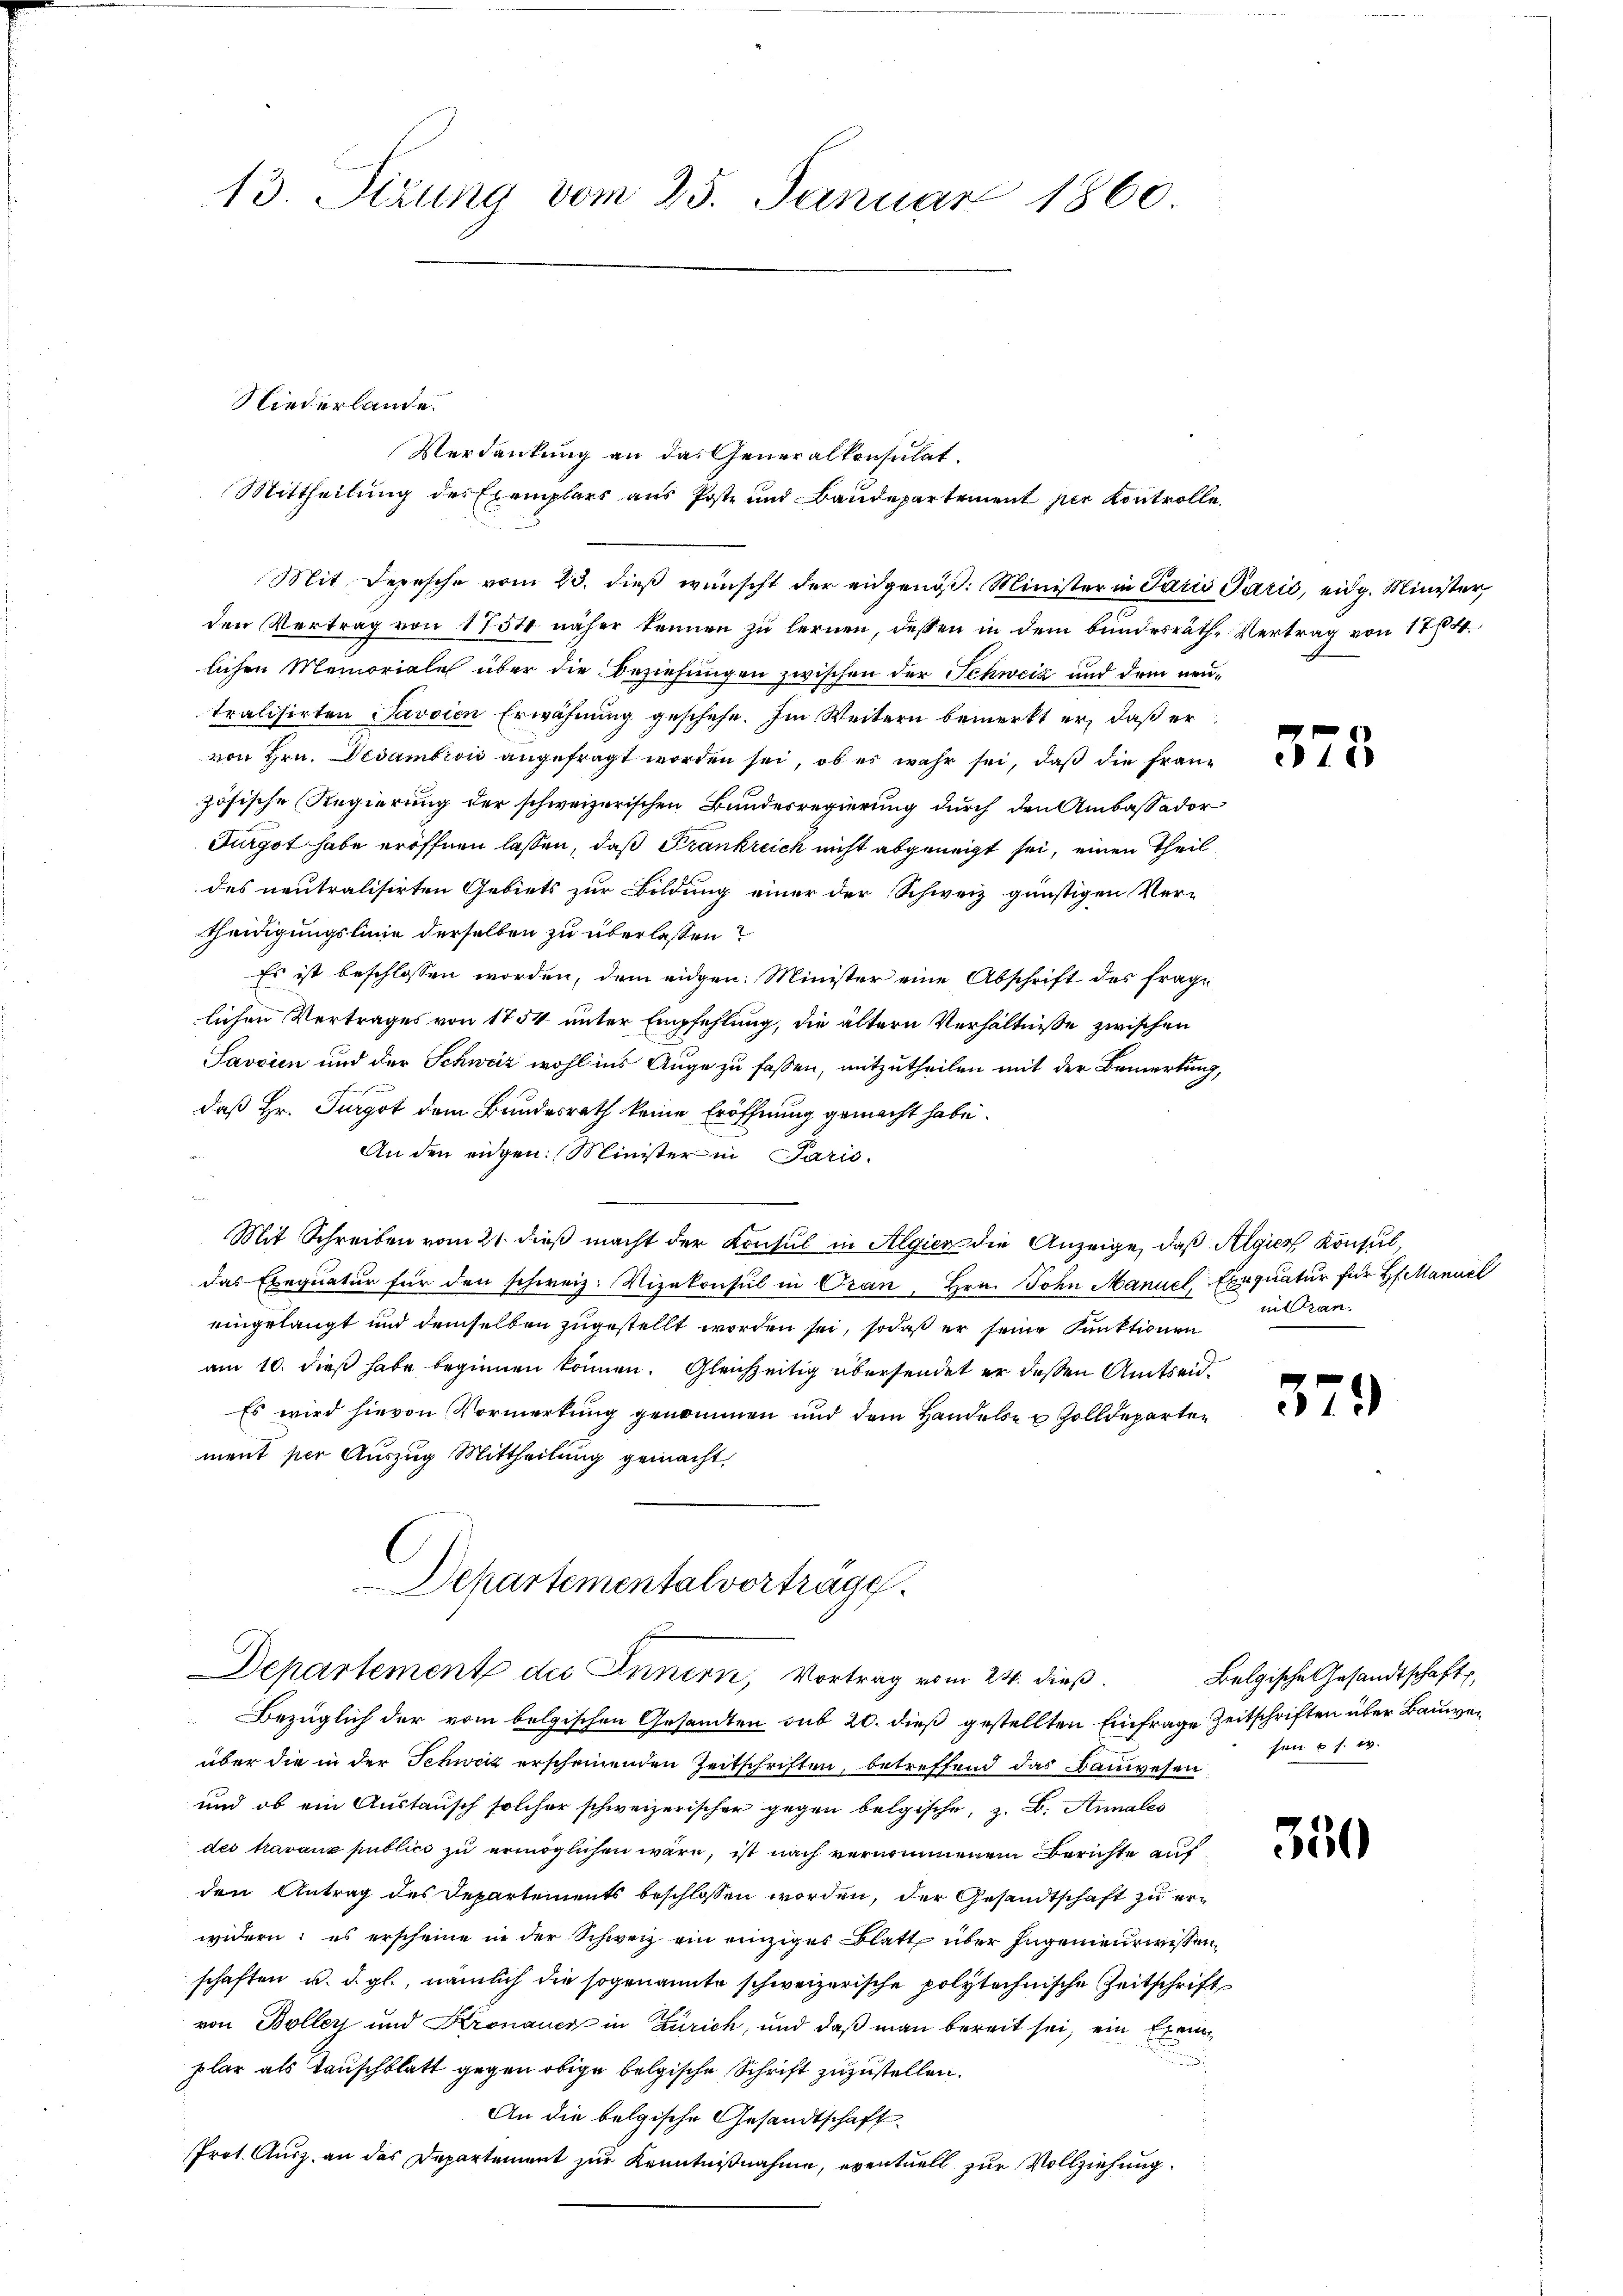
Mit Depesche vom 23. dieß wünscht der eidgenöß: Minister in Paris Paris, eidg. Minister,
den Vertrag von 1757 näher kennen zu lernen, dessen in dem Bundesräthe Vertrag von 175.
lichen Memoriale über die Beziehungen zwischen der Schweiz und dem neutralisirten Javaien Erwähnung geschehe. Im Weitern bemerkt er, daß er
von Hrn. Dedambrow angefragt worden sei, ob es wahr sei, daß die Französische Regierung der schweizerischen Bundesregierung durch den Ambassador
Furgot habe eröffnen lassen, daß Frankreich nicht abgeneigt sei, einen Theil
des neutralisirten Gebiets zur Bildung einer der Schweiz günstigen Ver-
theidigungslinie derselben zu überlassen?
Es ist beschlossen worden, dem eidgen. Minister eine Abschrift des frage
lichen Vertrages von 1754 unter Empfehlung, die ältern Verhältnisse zwischen
Savaien und der Schweiz wohl ins Auge zu fassen, mitzutheilen mit der Bemerkung,
daß Hr. Furgot dem Bundesrath keine Eröffnung gemacht habe.
An den eigen: Minister in Paris.
Mit Schreiben vom 21. dieß macht der Konsul in Algien die Anzeige, daß Algier Konsul,
das Exequatur für den schweiz. Vizekonsul in Oran, Hrn. John Manuel Exequatur für Hanuel
eingelangt und demselben zugestellt worden sei, sodaß er seine Punktionen
am 10. dieß habe beginnen können. Gleichzeitig übersendet er deßen Amtseid¬
Es wird hievon Vormerkung genommen und dem Handels- & Zolldeparten
ment per Auszug Mittheilung gemacht,
Departemental vortrage
Departement des Innern, Vortrag vom 24. dieß.
Bezüglich der vom belgischen Gesandten sub 20. dieß gestellten Einfrage Zeitschriften über Bauwen
über die in der Schweiz erscheinenden Zeitschriften, betreffend das Bauwesen
und ob ein Austausch solcher schweizerischer gegen belgische, z. B. Annales
des travaux publico zu ermöglichen wäre, ist nach vernommenem Berichte auf
den Antrag des Departements beschlossen worden, der Gesandtschaft zu erwidern; es erscheine in der Schweiz ein einziges Blatt über Ingenieurwissen
schaften u. d. gl., nämlich die sogenannte schweizerische polytechnische Zeitschrift
von Boller und Kronauer in Zürich, und daß man bereit sei, ein Exemplar als Tauschblatt gegen obige belgische Schrift zuzustellen.
An die belgische Gesandtschaft
Prot. Ausz, an das Departement zur Kenntnißnahme, eventuell zur Vollziehung

13. Sizung vom 25. Januar 1860.

Niederlande.

Verdankung an das Generalkonsulat
Mittheilung des Exemplars aus Poste und Baudepartement per Kontrolle

375.

nit tran.

379

Belgische Gesandtschaft
sen u. s. w.

350